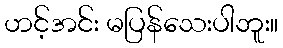
ဟင့်အင်း မပြန်သေးပါဘူး။